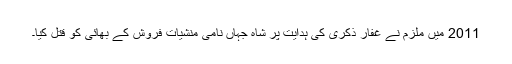
2011 میں ملزم نے غفار ذکری کی ہدایت پر شاہ جہاں نامی منشیات فروش کے بھائی کو قتل کیا۔